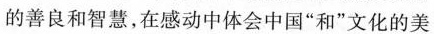
的善良和智慧，在感动中体会中国”和”文化的美